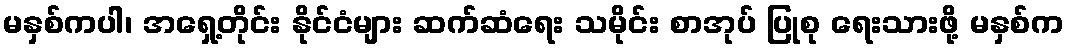
မနှစ်ကပါ၊ အရှေ့တိုင်း နိုင်ငံများ ဆက်ဆံရေး သမိုင်း စာအုပ် ပြုစု ရေးသားဖို့ မနှစ်က